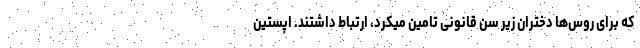
که برای روس‌ها دختران زیر سن قانونی تامین میکرد، ارتباط داشتند. اپستین